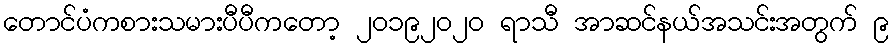
တောင်ပံကစားသမားပီပီကတော့ ၂၀၁၉၂၀၂၀ ရာသီ အာဆင်နယ်အသင်းအတွက် ၉